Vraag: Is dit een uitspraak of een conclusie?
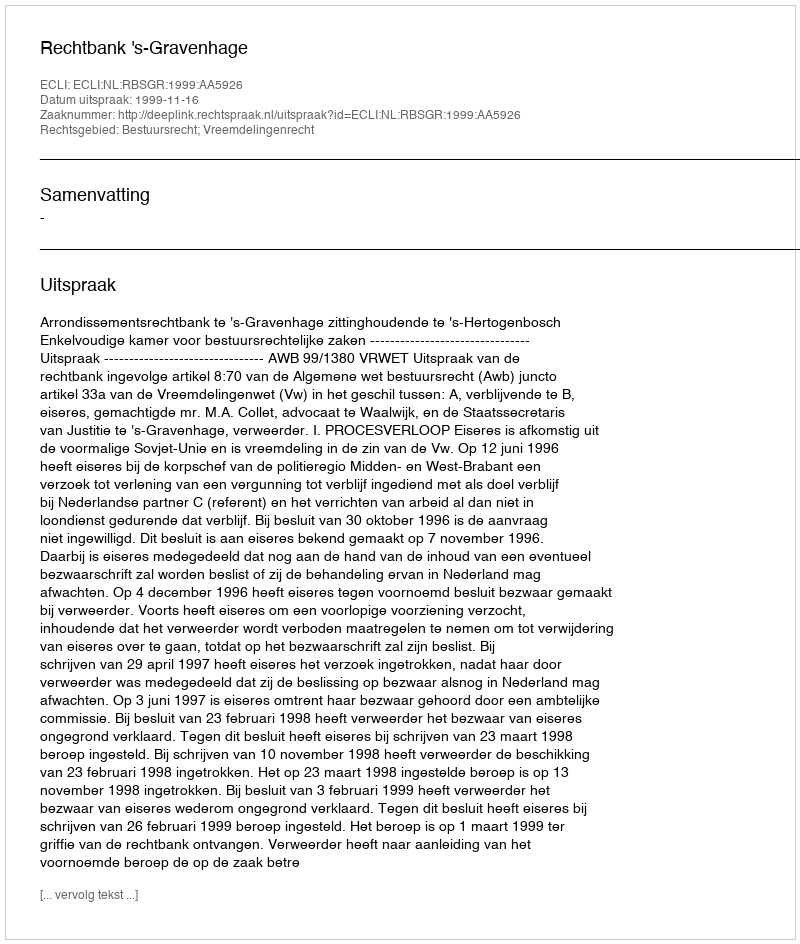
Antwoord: Uitspraak